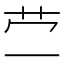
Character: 𰰡